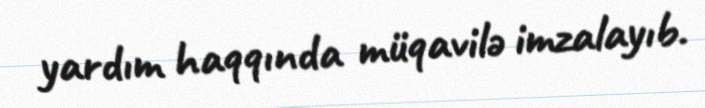
yardım haqqında müqavilə imzalayıb.